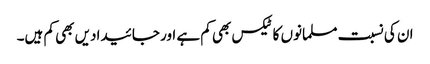
ان کی نسبت مسلمانوں کا ٹیکس بھی کم ہے اور جائیدادیں بھی کم ہیں۔